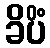
ခိပိံ